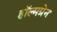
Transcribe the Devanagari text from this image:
हॉल्मग्रेन